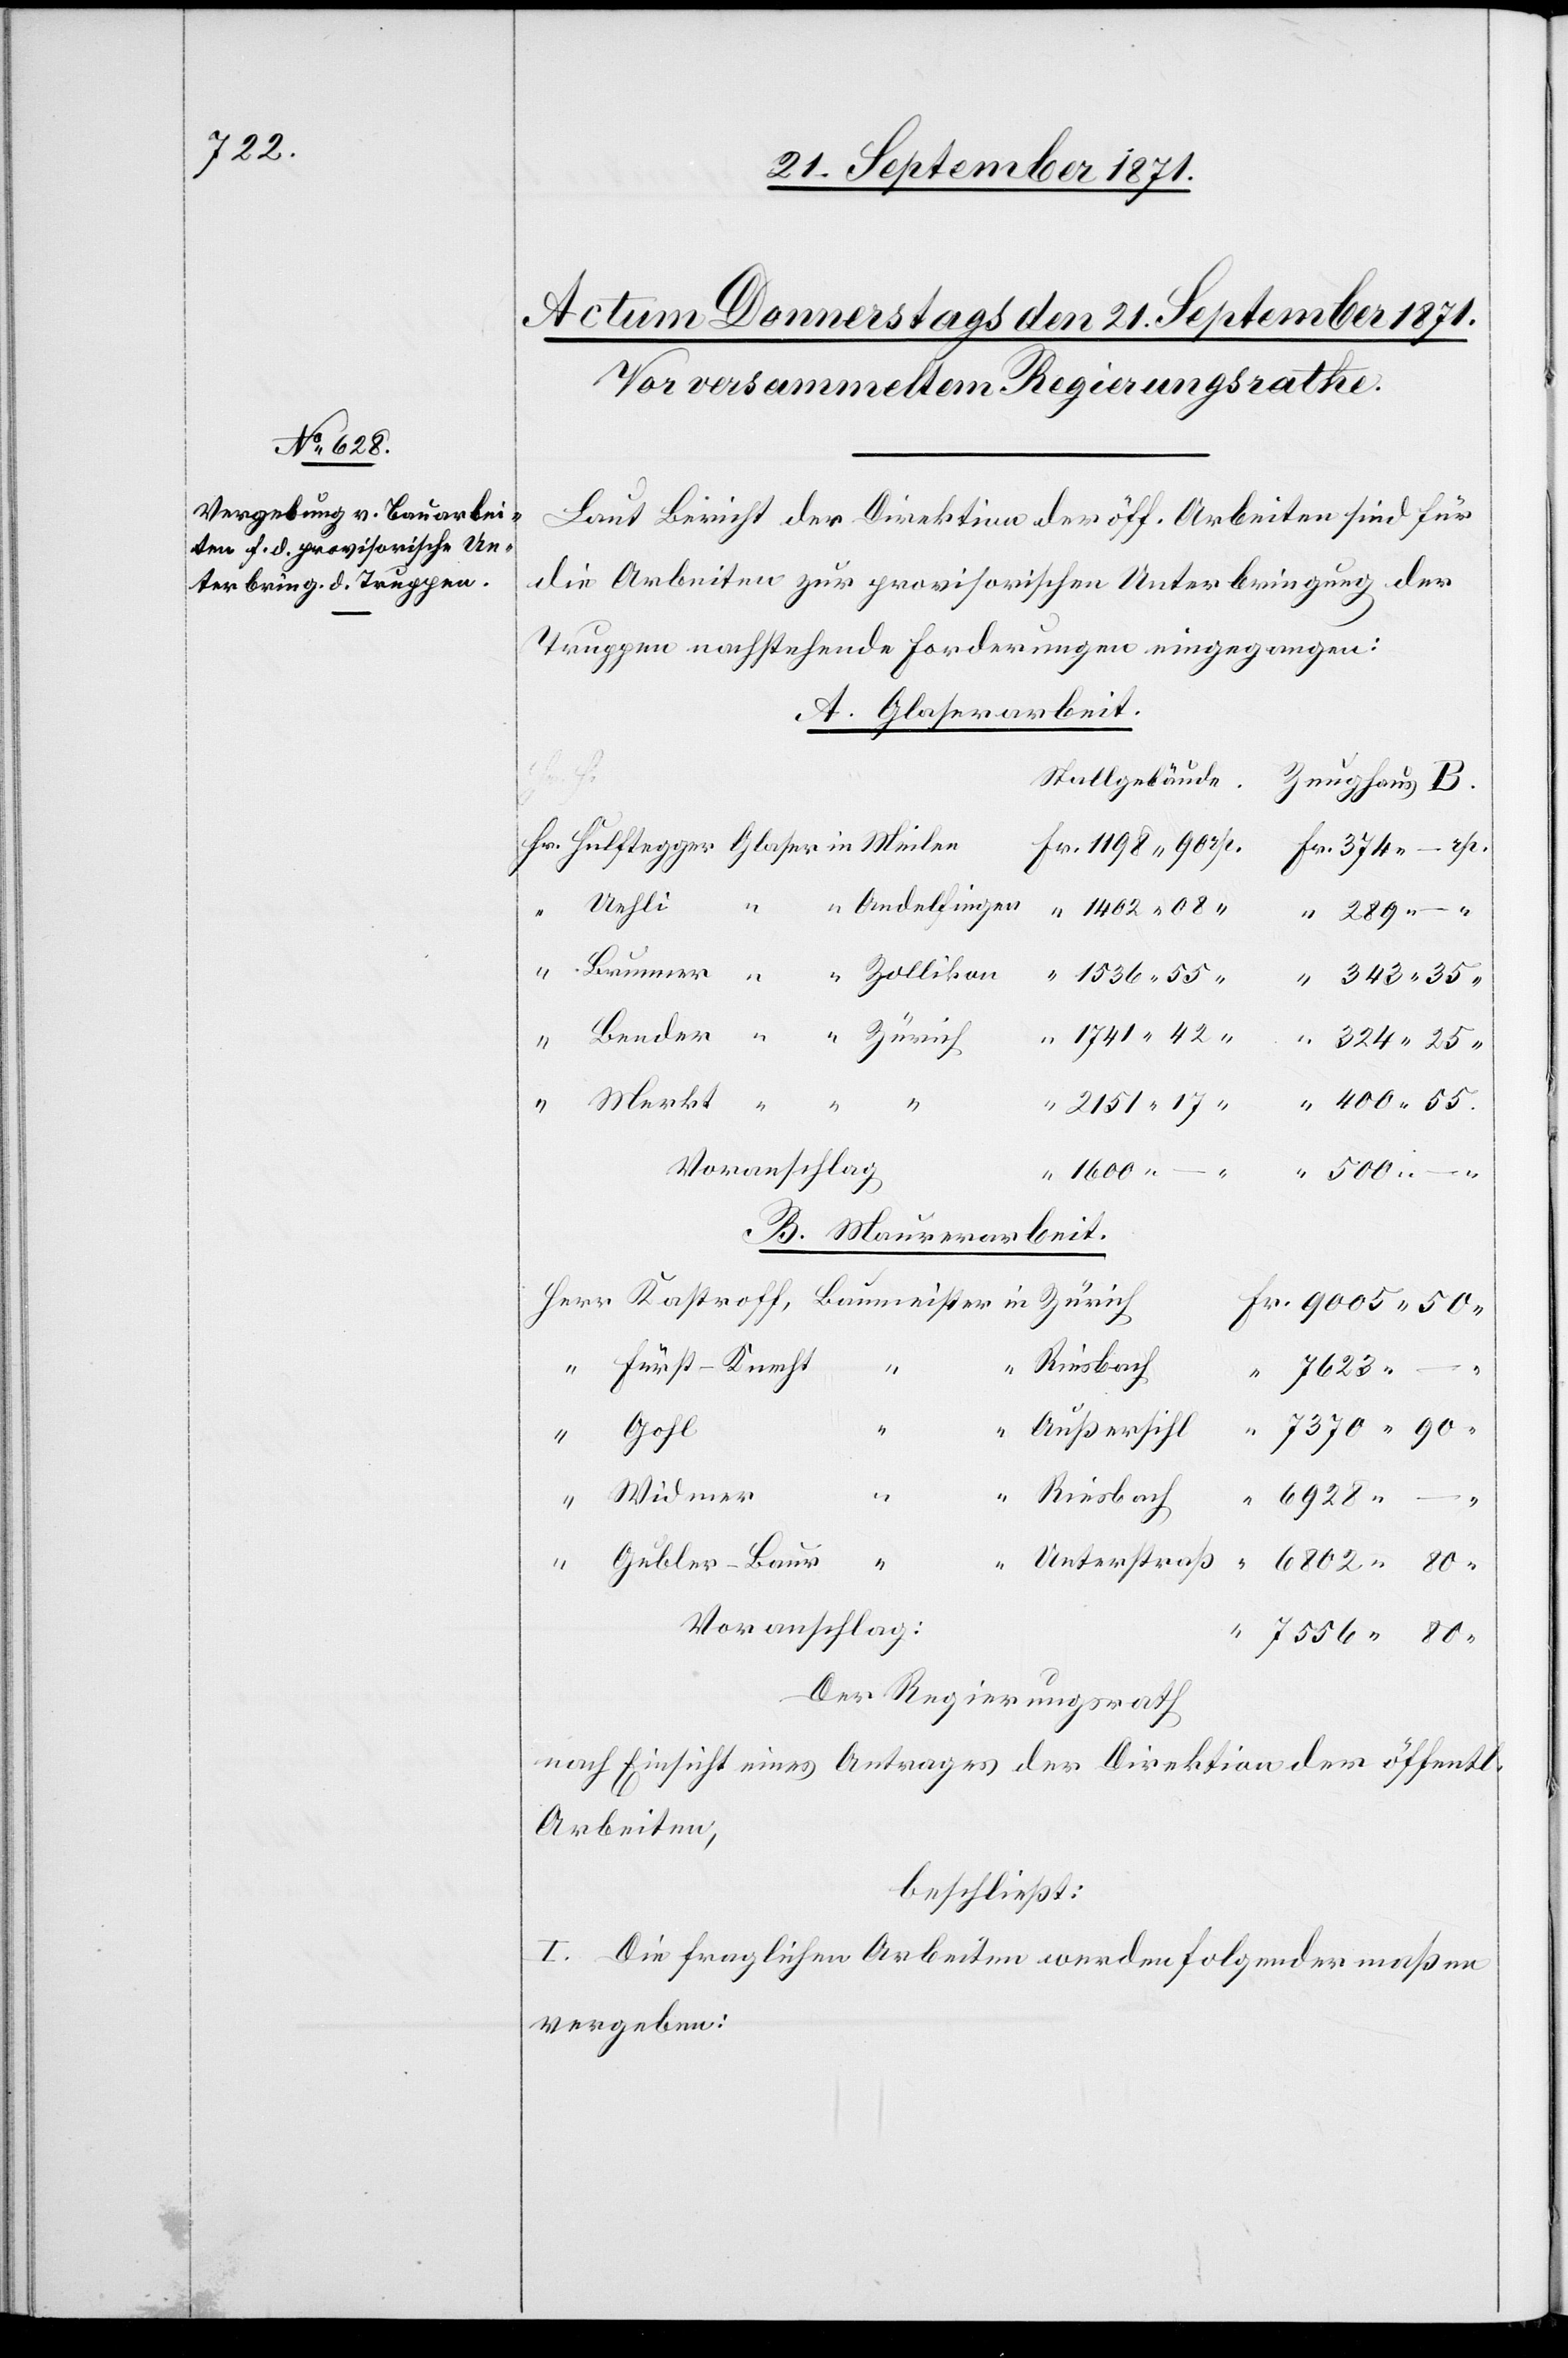
Laut Bericht der Direktion der öff. Arbeiten sind für
die Arbeiten zur provisorischen Unterbringung der
Truppen nachstehende Forderungen eingegangen:
A. Glaserarbeit.
Widmer
Stallgebäude.
Zeughaus B.
2151 17
Voranschlag
1600 –
B. Maurerarbeit.
Fürst-Knecht
“
Gohl
42
25
Riesbach
“
6928 –
Gubler-Baur
Voranschlag:
7556 80
Der Regierungsrath
nach Einsicht eines Antrages der Direktion der öffentl.
Arbeiten,
beschließt:
I. Die fraglichen Arbeiten werden folgendermaßen
vergeben: